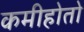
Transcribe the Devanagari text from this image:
कमीहोतो